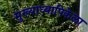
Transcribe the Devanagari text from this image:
मुख्याध्यापिकेला